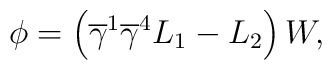
\phi =\left( \overline{\gamma }^{1}\overline{\gamma }^{4}L_{1}-L_{2}\right)W,